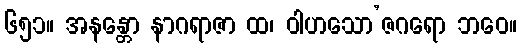
၆၅၁။ အနန္တော နာဂရာဇာ ထ၊ ဝါဟသော’ဇဂရော ဘဝေ။